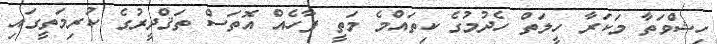
ހިޝްވަތާ މަކަރާ ހީލަތް ހެދުމުގެ ކިތައްމެ މަތީ ފާހެއް އޮތަސް ތަޤްދީރުގެ ކުރިމަތީގައި